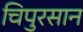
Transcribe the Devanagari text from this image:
चिपुरसान